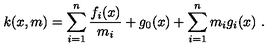
k ( x , m ) = \sum _ { i = 1 } ^ { n } \frac { f _ { i } ( x ) } { m _ { i } } + g _ { 0 } ( x ) + \sum _ { i = 1 } ^ { n } m _ { i } g _ { i } ( x ) \ .